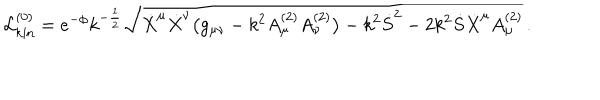
{ \cal L } _ { \mathrm { k i n } } ^ { ( 0 ) } = e ^ { - \phi } k ^ { - { \frac { 1 } { 2 } } } \sqrt { \dot { X } ^ { \mu } \dot { X } ^ { \nu } \bigl ( g _ { \mu \nu } - k ^ { 2 } A _ { \mu } ^ { ( 2 ) } A _ { \nu } ^ { ( 2 ) } \bigr ) - k ^ { 2 } { \dot { S } } ^ { 2 } - 2 k ^ { 2 } \dot { S } { \dot { X } } ^ { \mu } A _ { \mu } ^ { ( 2 ) } } \, .